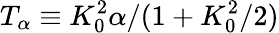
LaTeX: T_{\alpha}\equiv K_{0}^{2}\alpha/(1+K_{0}^{2}/2)